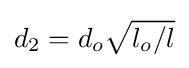
d_{2}=d_{o}{\sqrt {l_{o}/l}}